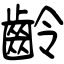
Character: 齡